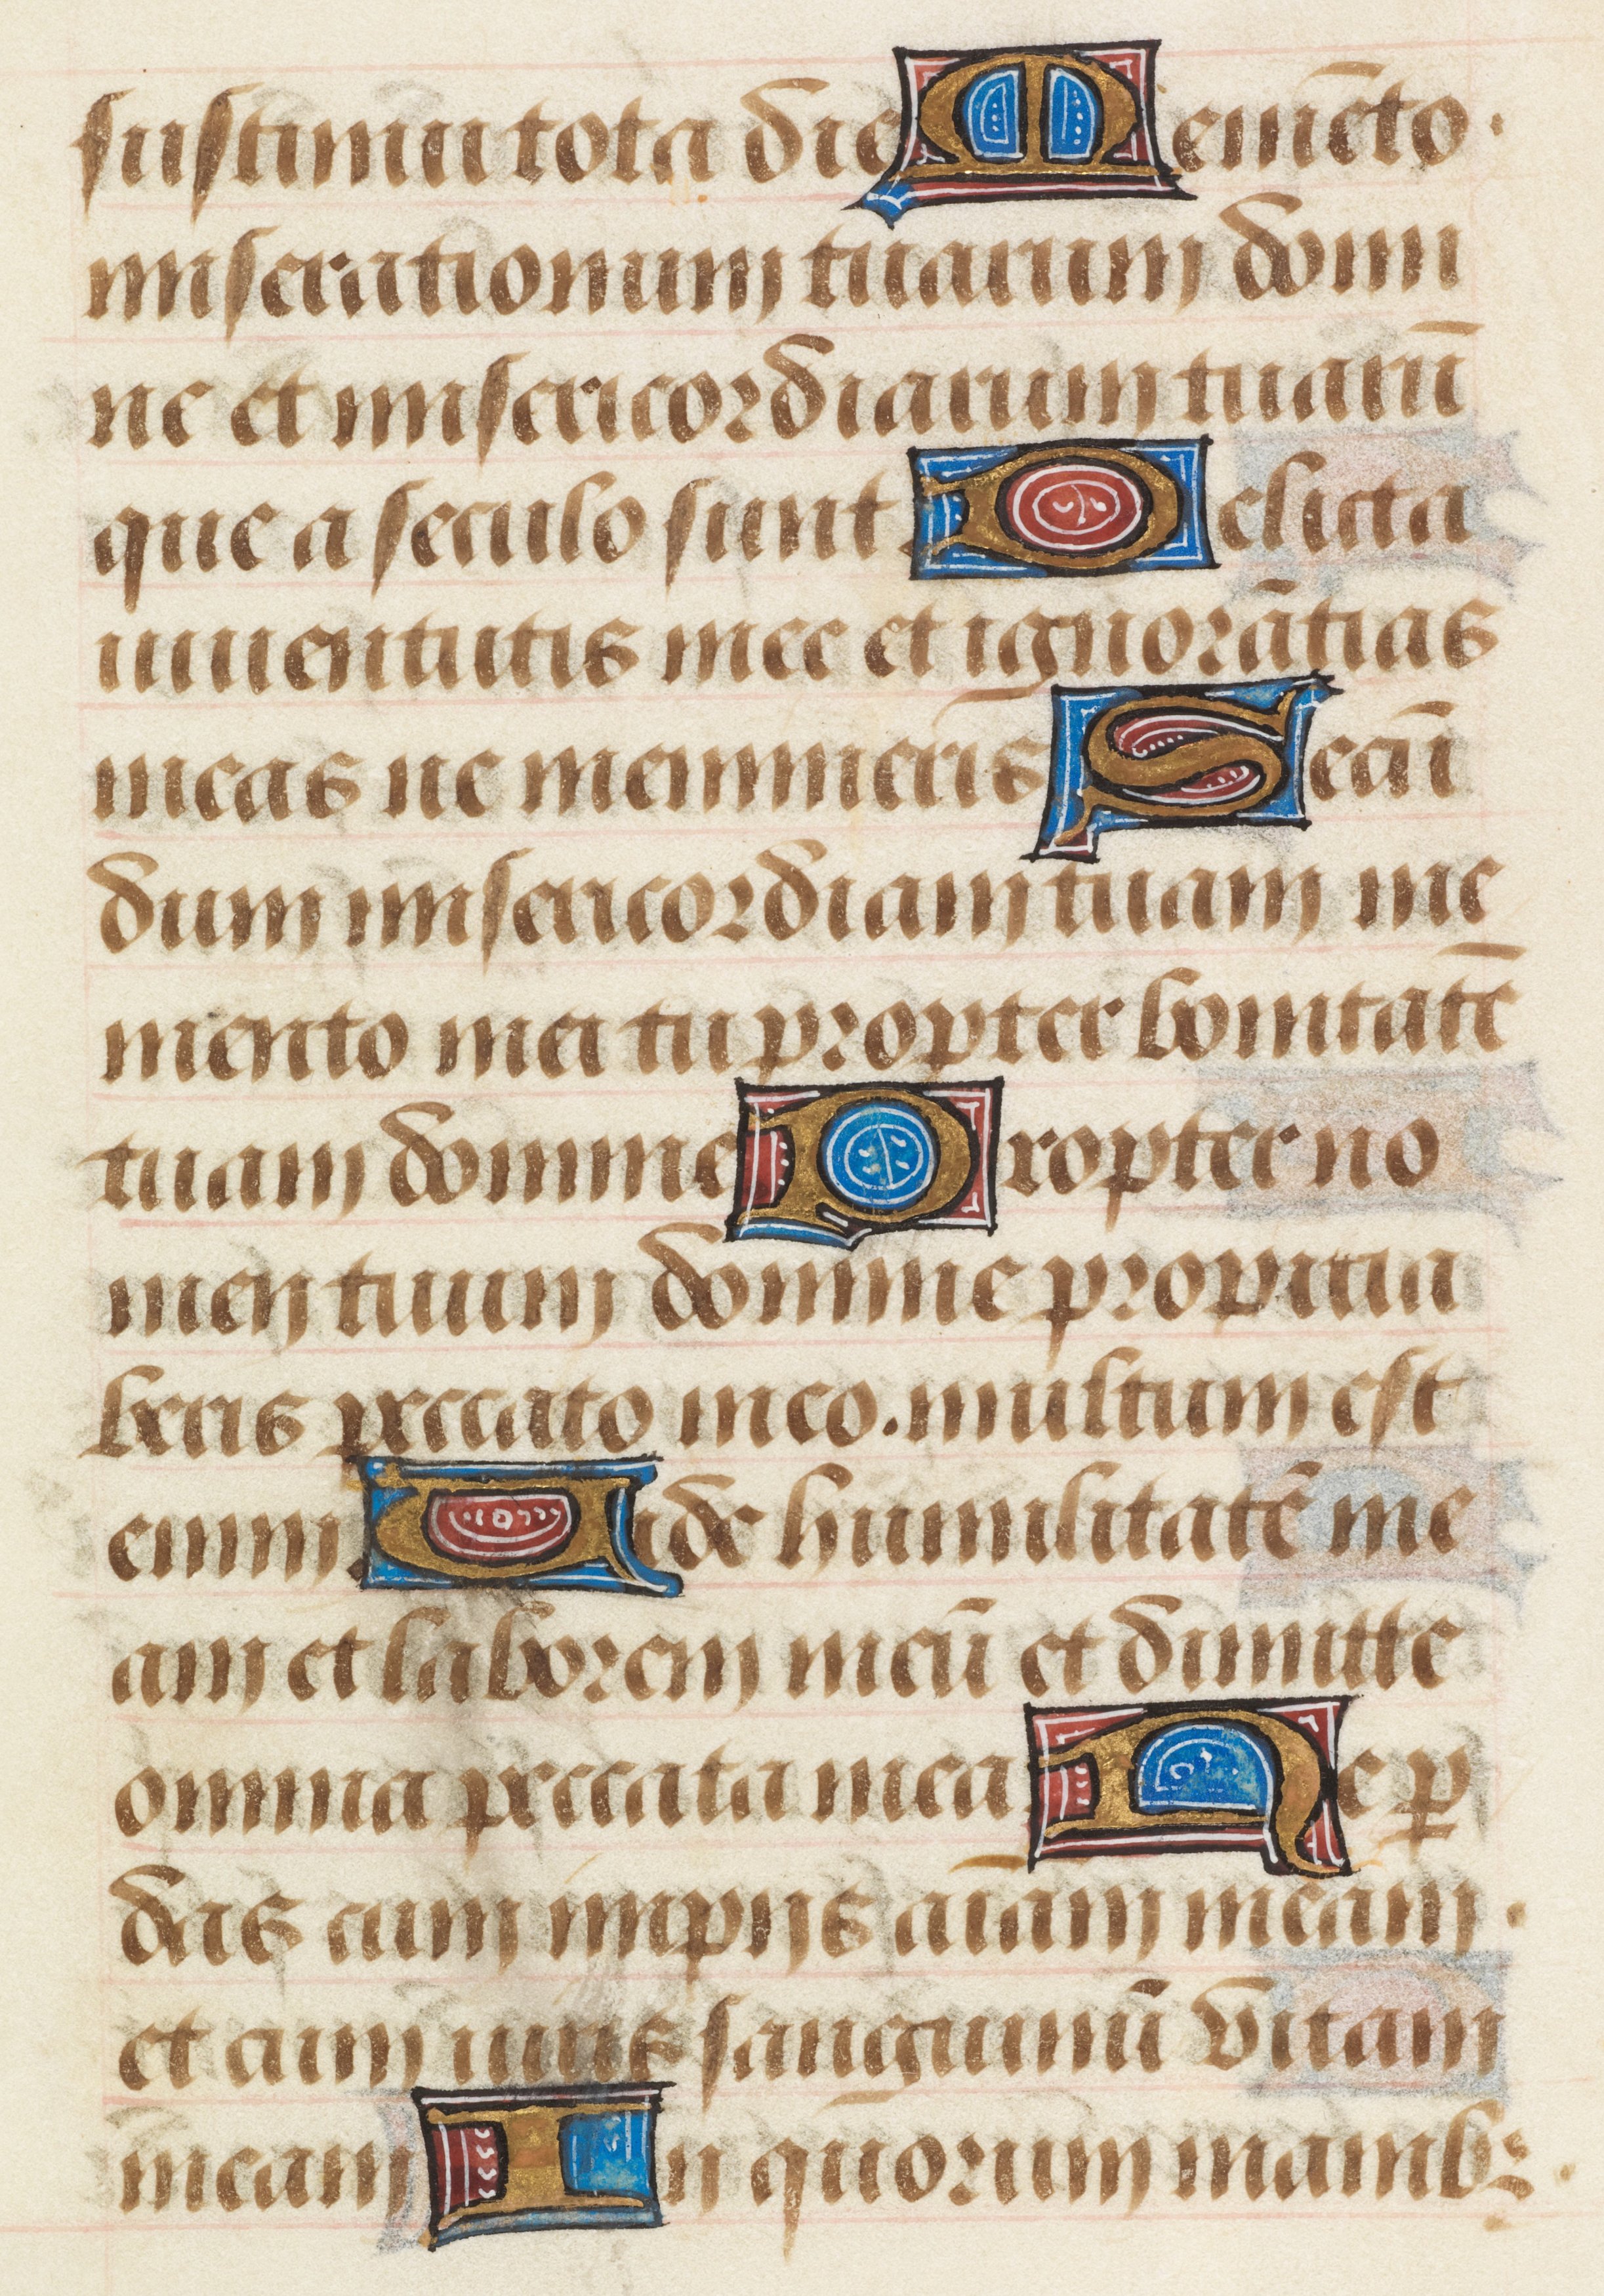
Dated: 1458–1460